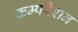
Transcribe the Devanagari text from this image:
कम्परैशन